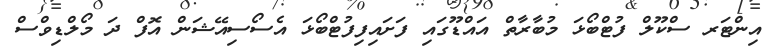
އިންޓަރ ސްކޫލް ފުޓްބޯޅަ މުބާރާތް އައްޑޫގައި ފަށައިފިފުޓްބޯޅަ އެސޯސިއޭޝަން އޮފް ދަ މޯލްޑިވްސް